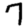
Digit: 7